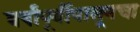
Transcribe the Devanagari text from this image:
वर्षांपूर्वीपासूनचा